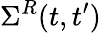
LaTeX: \Sigma^{R}(t,t^{\prime})